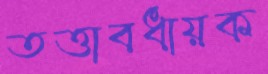
তত্তাবধায়ক